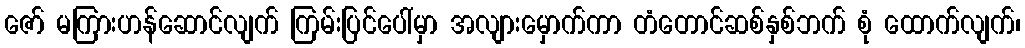
ဇော် မကြားဟန်ဆောင်လျက် ကြမ်းပြင်ပေါ်မှာ အလျားမှောက်ကာ တံတောင်ဆစ်နှစ်ဘက် စုံ ထောက်လျက်၊